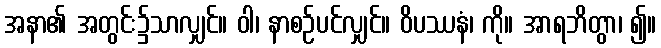
အနာ၏ အတွင်း၌သာလျှင်။ ဝါ၊ နာစဉ်ပင်လျှင်။ ဝိပဿနံ၊ ကို။ အာရဘိတွာ၊ ၍။